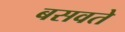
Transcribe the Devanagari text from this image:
बसवते